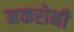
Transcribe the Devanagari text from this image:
मकरोनी